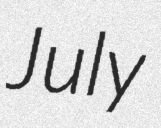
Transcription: July